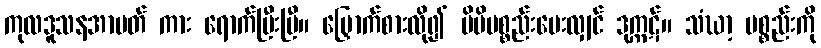
ကုလဒူသနအာပတ် ကား ရောက်ပြီးပြီ။ မြှောက်စားလို၍ မိမိပစ္စည်းပေးလျှင် ဒုက္ကဋ်။ သံဃာ့ ပစ္စည်းကို